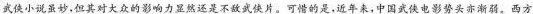
武侠小说虽妙，但其对大众的影响力显然还是不敌武侠片。可惜的是，近年来，中国武侠电影势头亦渐弱。西方